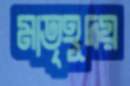
মাতৃহূদয়